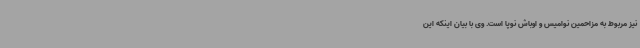
نیز مربوط به مزاحمین نوامیس و اوباش نوپا است. وی با بیان اینکه این